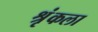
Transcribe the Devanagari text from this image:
श्रृंकला